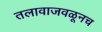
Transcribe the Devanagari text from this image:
तलावाजवळूनच